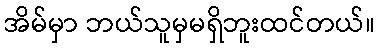
အိမ်မှာ ဘယ်သူမှမရှိဘူးထင်တယ်။